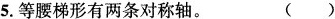
5.等腰梯形有两条对称轴。 ()